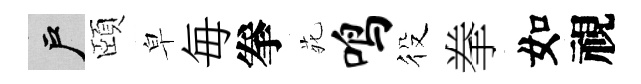
户頤皁毎拳𫟍鸣役拳如視